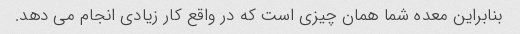
بنابراین معده شما همان چیزی است که در واقع کار زیادی انجام می دهد.